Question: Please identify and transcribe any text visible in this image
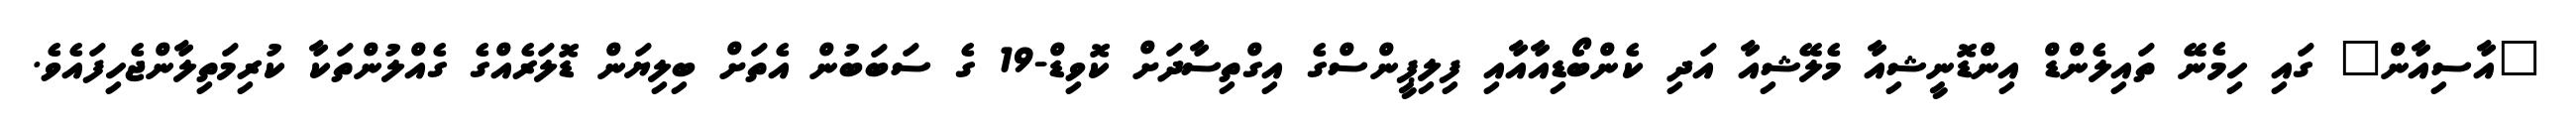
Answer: "އާސިއާން" ގައި ހިމެނޭ ތައިލެންޑް އިންޑޮނީޝިއާ މެލޭޝިއާ އަދި ކެންބޯޑިއާއާއި ފިލިޕީންސްގެ އިގްތިސާދަށް ކޮވިޑް-19 ގެ ސަބަބުން އެތަށް ބިލިޔަން ޑޮލަރެއްގެ ގެއްލުންތަކާ ކުރިމަތިލާންޖެހިފައެވެ.